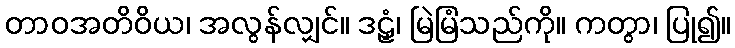
တာဝအတိဝိယ၊ အလွန်လျှင်။ ဒဠှံ၊ မြဲမြံသည်ကို။ ကတွာ၊ ပြု၍။